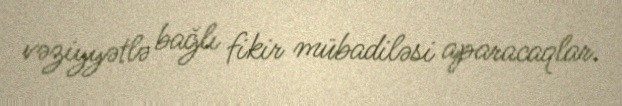
vəziyyətlə bağlı fikir mübadiləsi aparacaqlar.